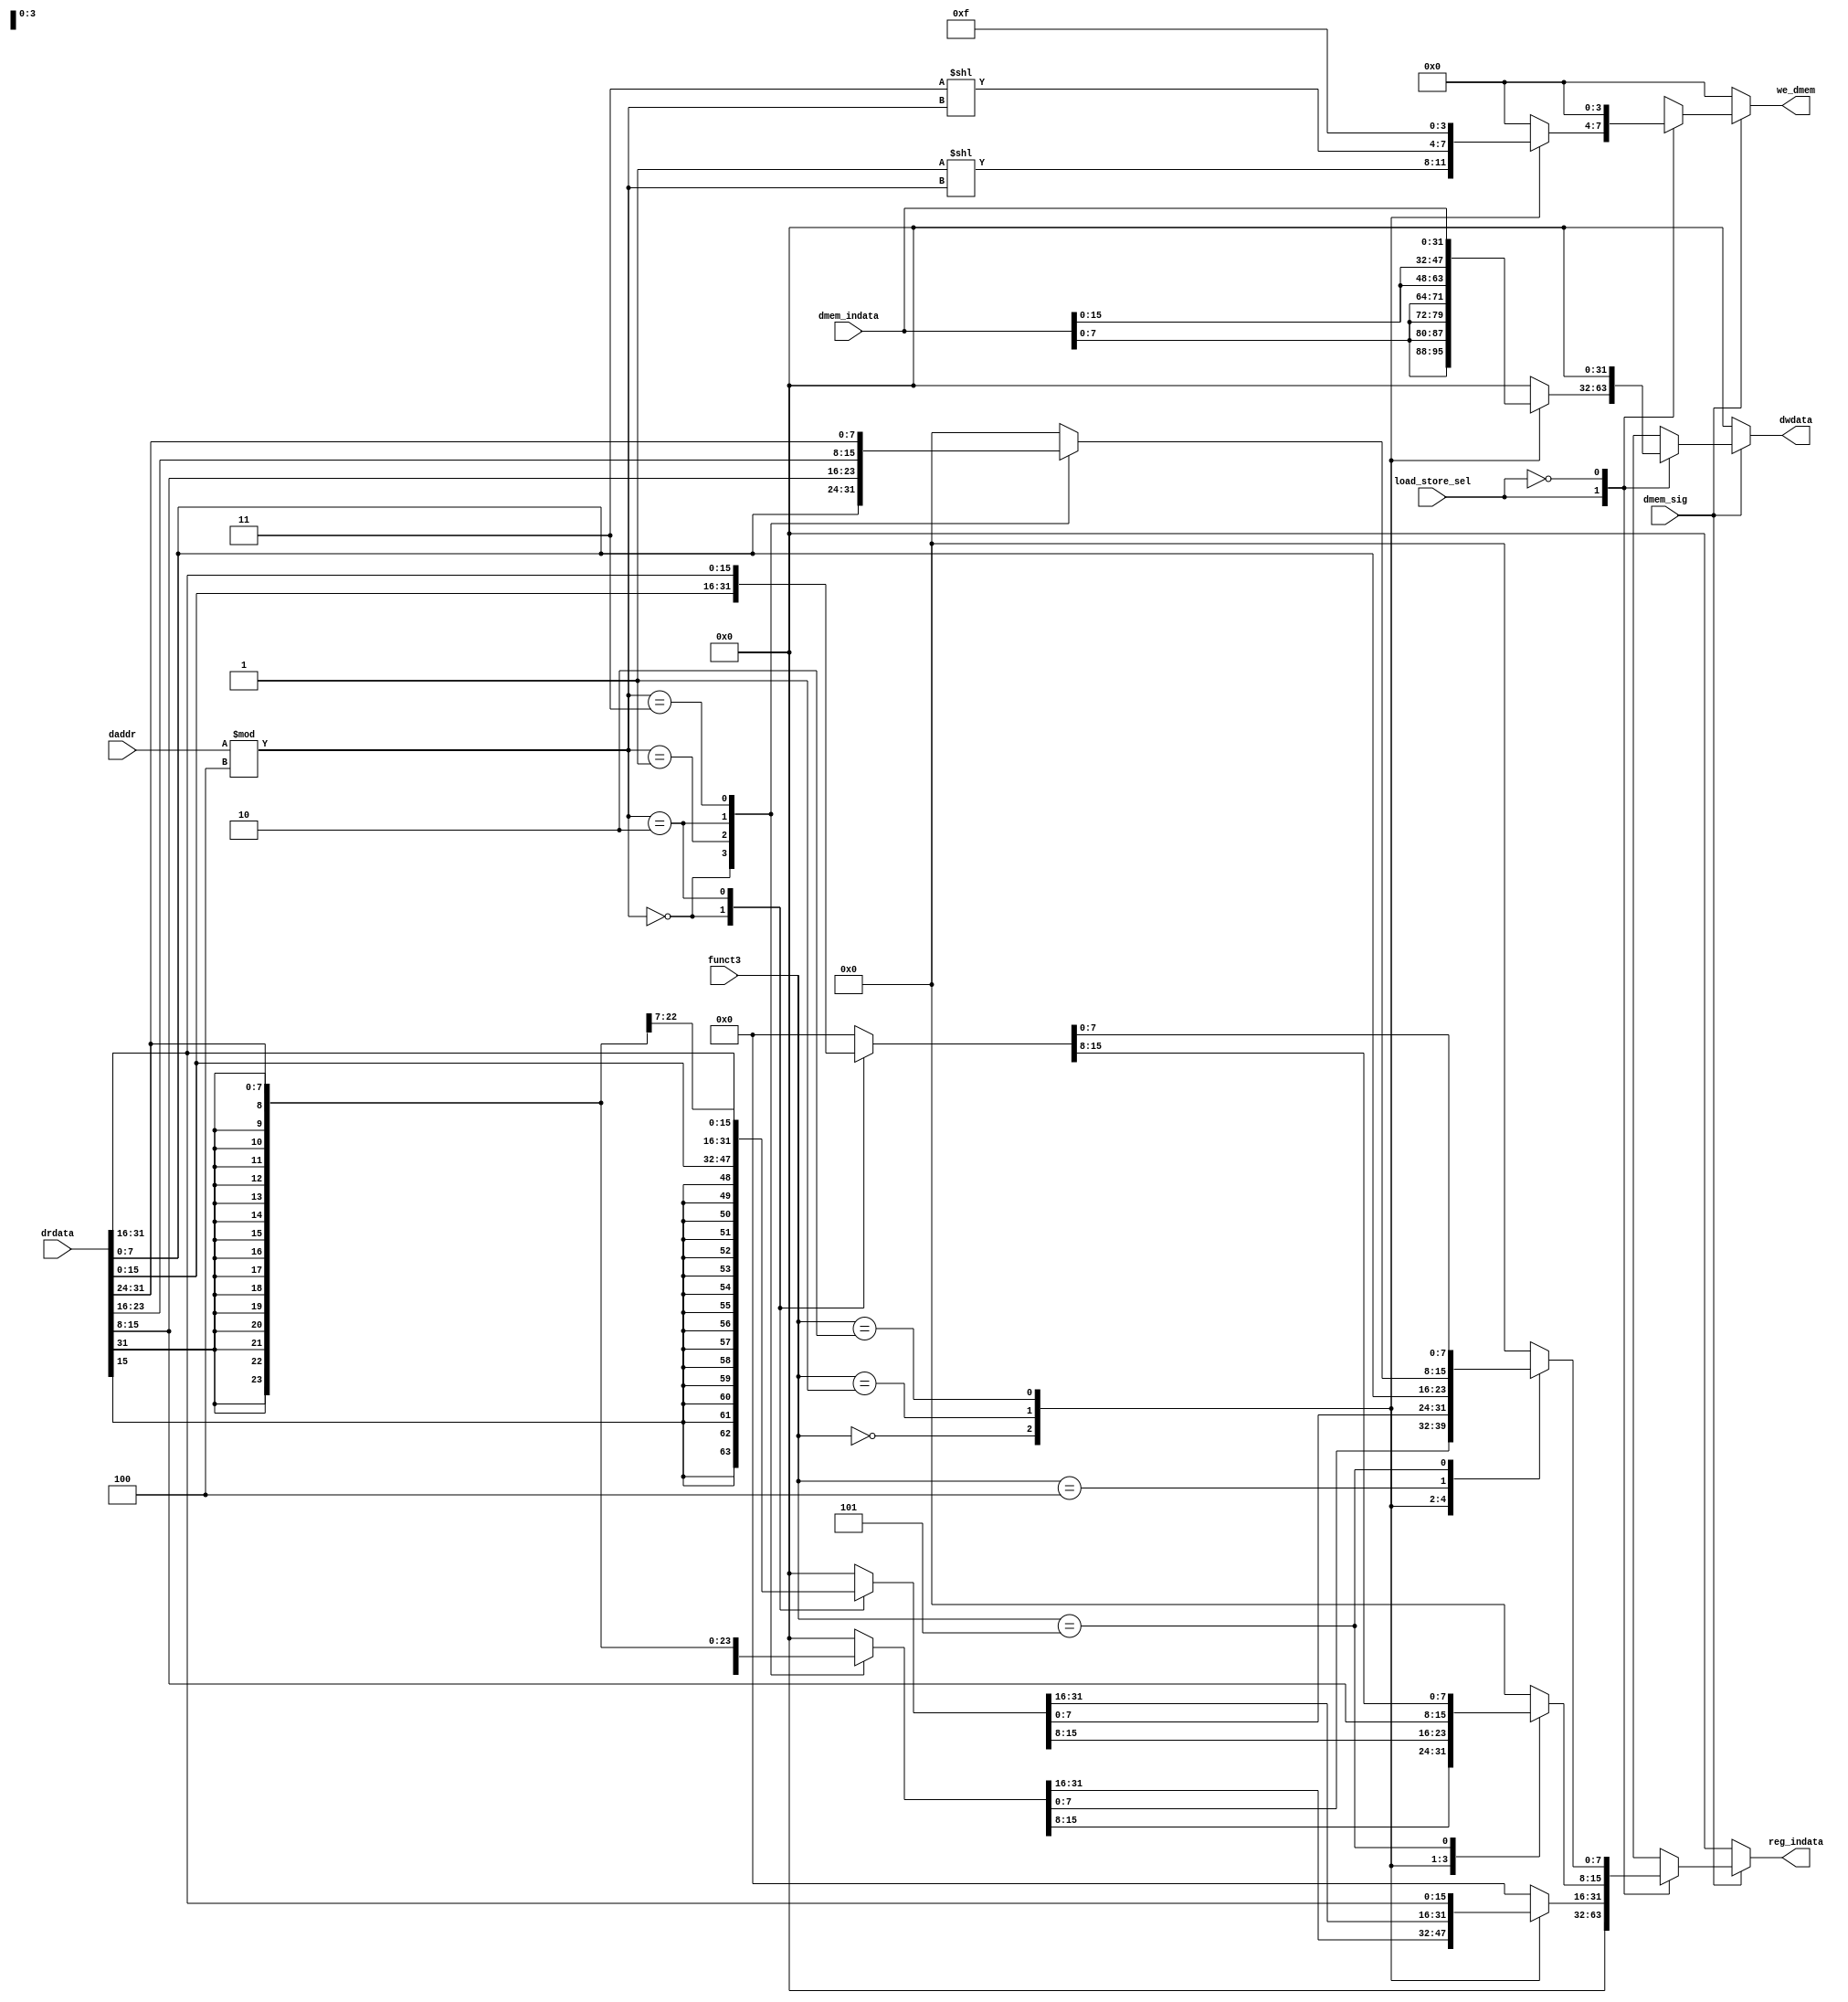
`timescale 1ns / 1ps
//////////////////////////////////////////////////////////////////////////////////
// Company: 
// Engineer: 
// 
// Design Name: 
// Module Name:    dmem_ctrl 
// Project Name: 
// Target Devices: 
// Tool versions: 
// Description: 
//
// Dependencies: 
//
// Revision: 
// Revision 0.01 - File Created
// Additional Comments: 
//
//////////////////////////////////////////////////////////////////////////////////
module dmem_ctrl(
		dmem_indata, daddr, we_dmem, dwdata ,drdata, reg_indata, funct3, load_store_sel, dmem_sig
    );
	input [31:0] daddr; //addr in dmem
	input [2:0] funct3;
	input load_store_sel, dmem_sig;
	input [31:0] dmem_indata,drdata; //indata for dmem from reg and data read from dmem
	output reg [3:0] we_dmem; //4 write enable pins
	output reg [31:0] dwdata,reg_indata; //data that is written into dmem	 and indata for reg from dmem
	//this module will be used for altering input to dmem and reg file
	always@(daddr or dmem_indata or drdata or load_store_sel or funct3)
		begin
		we_dmem = 4'b0000;
		dwdata = 32'h00000000;
		reg_indata = 32'h00000000;
		$display("granted forall");
		if(dmem_sig)
			begin
				case(load_store_sel)
					1'b1: //store
						case(funct3)
							3'b000 : 
								begin	
									dwdata = {4{dmem_indata[7:0]}};
									we_dmem = (4'b0001 << (daddr%4));
									$display("store byte, time = %d",$time);
								end
							3'b001 :
								begin	
									dwdata = {2{dmem_indata[15:0]}};
									we_dmem = (4'b0011 << (daddr%4));
									$display("store half word, time = %d",$time);
								end
							3'b010 :
								begin	
									dwdata = dmem_indata[31:0];
									we_dmem = 4'b1111;
									$display("store word, time = %d",$time);
								end
						endcase
					1'b0: //load
						case (funct3) 
							3'b000 : 
								begin
									$display("funct3, time = %d",$time);
									case((daddr%4))
										2'b00 : begin reg_indata = {{24{drdata[7]}},drdata[7:0]}; $display("LB 0, time = %d",$time); end
										2'b01 : begin reg_indata = {{24{drdata[15]}},drdata[15:8]};$display("LB 1, time = %d",$time); end
										2'b10 : begin reg_indata = {{24{drdata[23]}},drdata[23:16]};$display("LB 2, time = %d",$time); end
										2'b11 : begin reg_indata = {{24{drdata[31]}},drdata[31:24]};$display("LB 3, time = %d",$time); end
									endcase
								end
							3'b001 :
								begin
									$display("funct3, time = %d",$time);
									case((daddr%4))
										2'b00 :begin reg_indata = {{16{drdata[15]}},drdata[15:0]};$display("LH 0, time = %d",$time); end
										2'b10 :begin reg_indata = {{16{drdata[31]}},drdata[31:16]};$display("LH 1, time = %d",$time); end
									endcase
								end
							3'b010 :reg_indata = drdata;
							3'b100 :
								begin
									$display("funct3, time = %d",$time);
									case((daddr%4))
									2'b00 : begin reg_indata[7:0] = drdata[7:0];$display("LBU 0"); end
									2'b01 : begin reg_indata[7:0] = drdata[15:8];$display("LBU 1"); end
									2'b10 : begin reg_indata[7:0] = drdata[23:16];$display("LBU 2"); end
									2'b11 : begin reg_indata[7:0] = drdata[31:24];$display("LBU 3"); end
								endcase
								end
							3'b101 :
							begin
								$display("funct3, time = %d",$time);
								case((daddr%4))
									2'b00 :begin reg_indata[15:0] = drdata[15:0];$display("LHU 0"); end
									2'b10 :begin reg_indata[15:0] = drdata[31:16];$display("LHU 1 time = %d",$time); end
								endcase
							end
						endcase
				endcase
			end
		end
endmodule